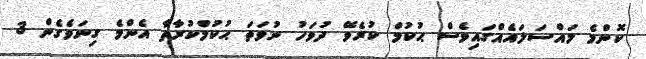
ކޮންމެ މައްސަަލައެއްގައިވެސް ޙުކުމް ކުރެވޭ ދުވަހު ނުވަތަ ޙުކުމްކުރާތާ އެންމެ ގިނަވެގެން 3